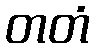
တတံ